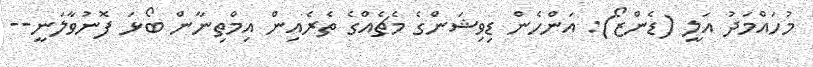
މުހައްމަދު އަލީ (ޑެންޒޯ): އަންހެން ޑިވިޝަންގެ މެޗެއްގެ ތެރެއިން އިމްތިނާން ބޯޅަ ފޮނުވާލަނީ--